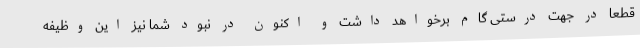
قطعا در جهت درستی گام برخواهد داشت و اکنون در نبود شما نیز این وظیفه